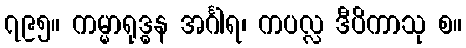
၇၉၅။ ကမ္မာရုဒ္ဓန အင်္ဂါရ၊ ကပလ္လ ဒီပိကာသု စ။